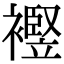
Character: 𧞀